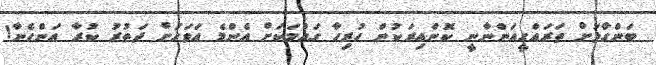
ބަންގާޅަށް ތަރައްގީއަންނާނީ ކޮންއިރަކުން ހުރިހާ ގައުމަކަށް އެންމެ އަަވަހަށް ދަތުރު ކުރާ އަންހެނާ!